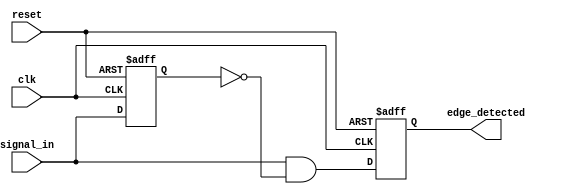
module rising_edge_detector (
    input wire clk,          // Clock signal
    input wire reset,        // Reset signal
    input wire signal_in,    // Signal to monitor for rising edges
    output reg edge_detected  // Output signal indicating a rising edge
);

    // Register to store the previous state of the input signal
    reg signal_in_prev;

    always @(posedge clk or posedge reset) begin
        if (reset) begin
            // On reset, initialize the previous signal and output
            signal_in_prev <= 1'b0;
            edge_detected <= 1'b0;
        end else begin
            // Edge detection logic
            edge_detected <= (signal_in && !signal_in_prev);
            // Update the previous state
            signal_in_prev <= signal_in;
        end
    end

endmodule